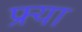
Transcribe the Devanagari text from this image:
फ्र्या